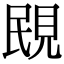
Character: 𧠠